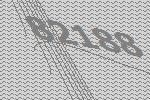
82188